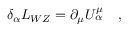
\delta _ { \alpha } { \cal L } _ { W Z } = \partial _ { \mu } U _ { \alpha } ^ { \mu } \quad ,